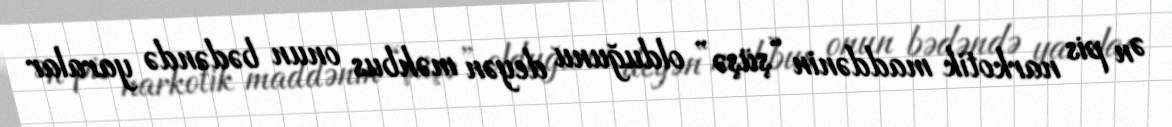
Ən pis narkotik maddənin “şüşə” olduğunu deyən məhbus onun bədəndə yaralar